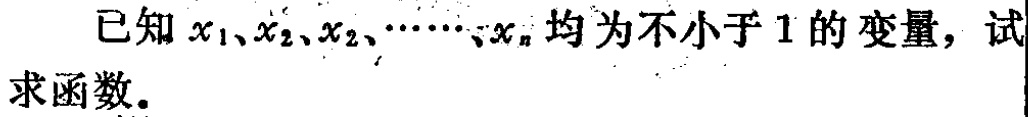
已知 \(x_1、x_2、x_2、\cdots、x_n\) 均为不小于 \(1\) 的变量，试求函数.